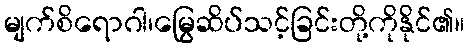
မျက်စိရောဂါ၊မြွေဆိပ်သင့်ခြင်းတို့ကိုနိုင်၏။